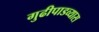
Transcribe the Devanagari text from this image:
गुढीपाडव्यास